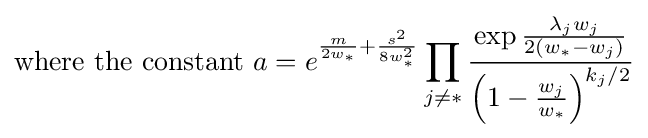
{\text{where the constant }}a=e^{{\frac {m}{2w_{*}}}+{\frac {s^{2}}{8w_{*}^{2}}}}\prod _{j\neq *}{\frac {\exp {\frac {\lambda _{j}w_{j}}{2(w_{*}-w_{j})}}}{\left(1-{\frac {w_{j}}{w_{*}}}\right)^{k_{j}/2}}}